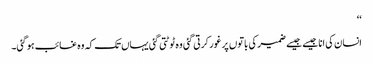
‘‘
انسان کی انا جیسے جیسے ضمیر کی باتوں پر غور کرتی گئی وہ ٹوٹتی گئی یہاں تک کہ وہ غائب ہوگئی۔